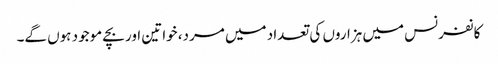
کانفرنس میں ہزاروں کی تعداد میں مرد، خواتین اور بچے موجود ہوں گے۔